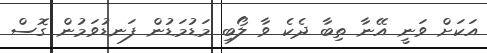
އަކަށް ވަނީ އޭނާ ތިބާ ދެކެ ވާ ލޯބި މަޑުމަޑުން ފަނޑުވަމުން ގޮސް